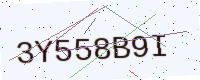
Text: 3Y558B9I